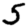
Digit: 5